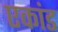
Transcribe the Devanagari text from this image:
एकांड